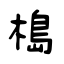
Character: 槝